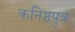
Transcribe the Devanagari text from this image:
कनिष्ठपुत्र